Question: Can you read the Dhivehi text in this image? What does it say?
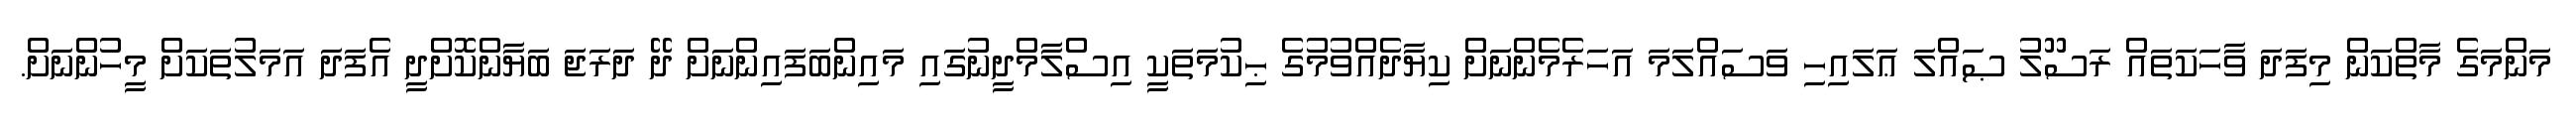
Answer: މަންމަގެ މާތްކަން މިފަދަ ވާހަކަތައް ރަސޫލު ޞައްލަ ޢަލައިހި ވަސައްލަމަ އަހަރެމެންނަށް ކިޔާދެއްވުމުގެ ޙިކުމަތަކީ އިސްލާމްދީނުގައި މައިންބަފައިންނަށް ދޭ ދަރަޖަ ބަޔާންކޮށްދީ އެފަދަ އަމަލުތަކަށް މީހުންނަށް.